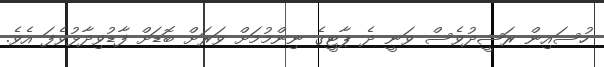
ހުސައިން ރަޝީދުވެސް ވަނީ ދެ ޕާޓީގެ ނިންމުމަށް ވަރަށް ބޮޑަށް ފާޑުވިދާޅުވެފަ އެވެ.